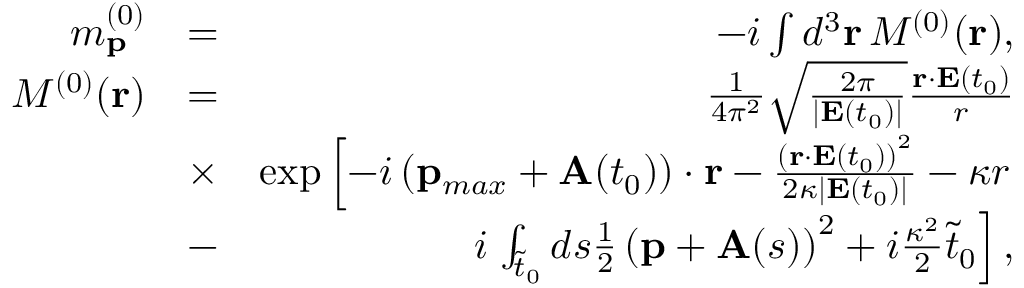
\begin{array} { r l r } { m _ { \mathbf { p } } ^ { ( 0 ) } } & { = } & { - i \int d ^ { 3 } \mathbf { r } \, { \cal M } ^ { ( 0 ) } ( \mathbf { r } ) , } \\ { { \cal M } ^ { ( 0 ) } ( \mathbf { r } ) } & { = } & { \frac { 1 } { 4 \pi ^ { 2 } } \sqrt { \frac { 2 \pi } { | \mathbf { E } ( t _ { 0 } ) | } } \frac { \mathbf { r } \cdot \mathbf { E } ( t _ { 0 } ) } { r } } \\ & { \times } & { \exp \left[ - i \left( \mathbf { p } _ { m a x } + \mathbf { A } ( t _ { 0 } ) \right) \cdot \mathbf { r } - \frac { \left( \mathbf { r } \cdot \mathbf { E } ( t _ { 0 } ) \right) ^ { 2 } } { 2 \kappa | \mathbf { E } ( t _ { 0 } ) | } - \kappa r \right. } \\ & { - } & { i \left. \int _ { \tilde { t } _ { 0 } } d s \frac { 1 } { 2 } \left( \mathbf { p } + \mathbf { A } ( s ) \right) ^ { 2 } + i \frac { \kappa ^ { 2 } } { 2 } \tilde { t } _ { 0 } \right] , } \end{array}